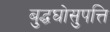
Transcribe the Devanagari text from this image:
बुद्धघोसुपत्ति